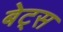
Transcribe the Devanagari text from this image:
बेट्‌स